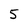
Character: 5